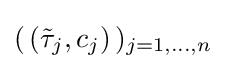
(\,({\tilde {\tau }}_{j},c_{j})\,)_{j=1,\dots ,n}